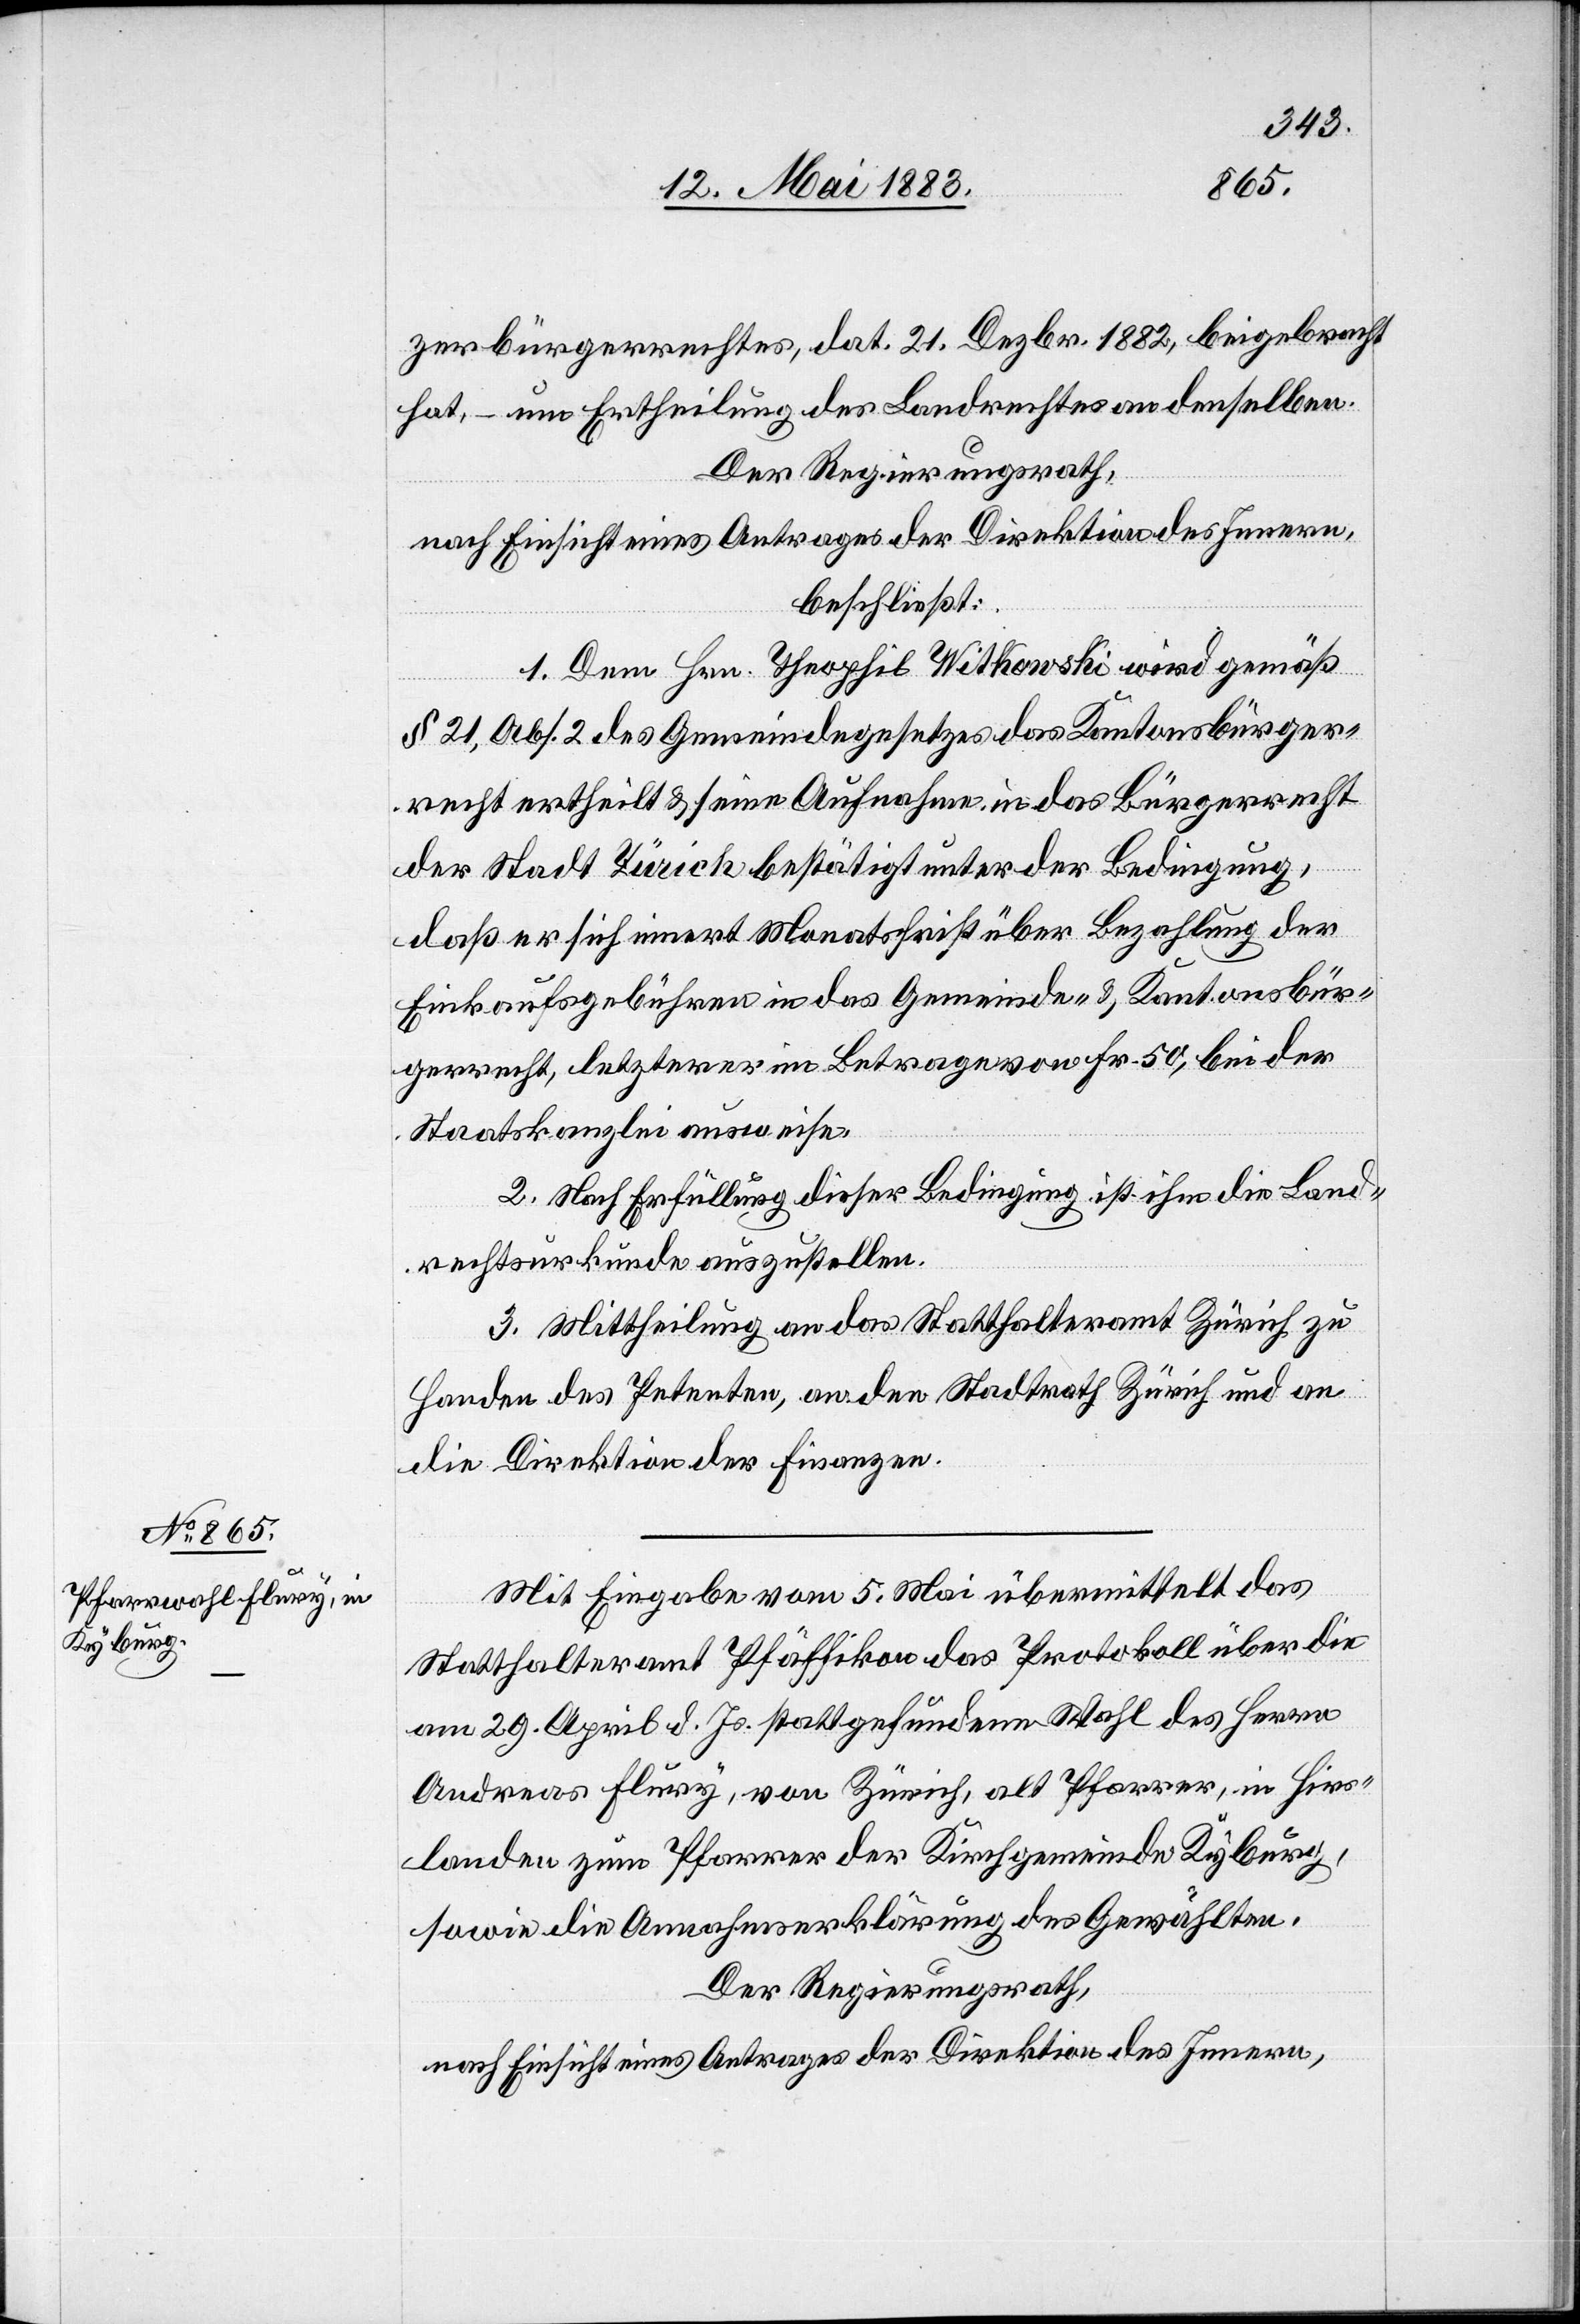
zerbürgerrechtes, dat. 21. Dezbr. 1882, beigebracht
hat, – um Ertheilung des Landrechtes an denselben.
Der Regierungsrath,
nach Einsicht eines Antrages der Direktion des Innern,
beschließt:
1. Dem Hrn. Theophil Witkowski wird gemäß
§ 21, Abs. 2 des Gemeindegesetzes des Kantonsbürger¬
recht ertheilt & seine Aufnahme in das Bürgerrecht
der Stadt Zürich bestätigt unter der Bedingung,
daß er sich innert Monatsfrist über Bezahlung der
Einkaufsgebühren in das Gemeinde- & Kantonsbür¬
gerrecht, letzterer im Betrage von Fr. 50, bei der
Staatskanzlei ausweise.
2. Nach Erfüllung dieser Bedingung ist ihm die Land¬
rechtsurkunde auszustellen.
3. Mittheilung an das Statthalteramt Zürich zu
Handen des Petenten, an den Stadtrath Zürich und an
die Direktion der Finanzen.
Mit Eingabe vom 5. Mai übermittelt das
Statthalteramt Pfäffikon das Protokoll über die
am 29. April d. Js. stattgefundene Wahl des Herrn
Andreas Flury, von Zürich, alt Pfarrer, in Hirs¬
landen zum Pfarrer der Kirchgemeinde Kyburg,
sowie die Annahmserklärung des Gewählten.
Der Regierungsrath,
nach Einsicht eines Antrages der Direktion des Innern,